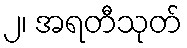
၂၊ အရတီသုတ်